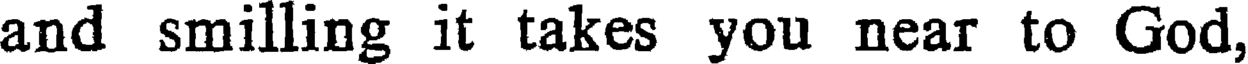
and smilling it takes you near to God,